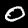
Digit: 0